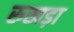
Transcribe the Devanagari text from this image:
रुखड़ा